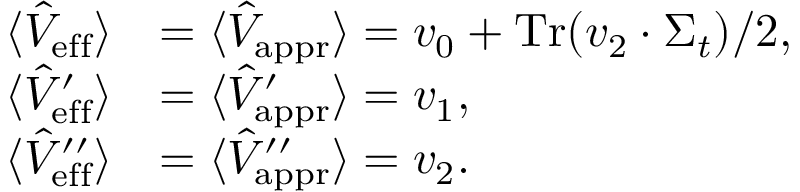
\begin{array} { r l } { \langle \hat { V } _ { \mathrm { e f f } } \rangle } & { = \langle \hat { V } _ { \mathrm { a p p r } } \rangle = v _ { 0 } + \operatorname { T r } ( v _ { 2 } \cdot \Sigma _ { t } ) / 2 \mathrm { , \ } } \\ { \langle \hat { V } _ { \mathrm { e f f } } ^ { \prime } \rangle } & { = \langle \hat { V } _ { \mathrm { a p p r } } ^ { \prime } \rangle = v _ { 1 } \mathrm { , \ } } \\ { \langle \hat { V } _ { \mathrm { e f f } } ^ { \prime \prime } \rangle } & { = \langle \hat { V } _ { \mathrm { a p p r } } ^ { \prime \prime } \rangle = v _ { 2 } . } \end{array}